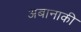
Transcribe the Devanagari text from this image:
अबानाकी